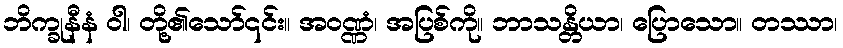
ဘိက္ခုနီနံ ဝါ၊ တို့၏သော်၎င်း။ အဝဏ္ဏံ၊ အပြစ်ကို။ ဘာသန္တိယာ၊ ပြောသော။ တဿာ၊